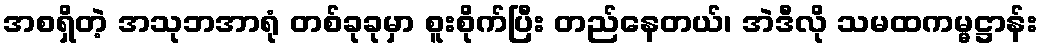
အစရှိတဲ့ အသုဘအာရုံ တစ်ခုခုမှာ စူးစိုက်ပြီး တည်နေတယ်၊ အဲဒီလို သမထကမ္မဋ္ဌာန်း